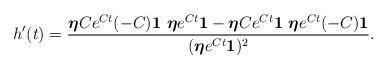
LaTeX: \begin{align*}h^{\prime}(t)= \frac{\boldsymbol{\eta} C e^{Ct} (-C) \mathbf{1} \,\,\boldsymbol{\eta}e^{Ct} \mathbf{1} - \boldsymbol{\eta} C e^{Ct} \mathbf{1}\,\, \boldsymbol{\eta}e^{Ct} (-C) \mathbf{1}}{(\boldsymbol{\eta}e^{Ct} \mathbf{1})^2}.\end{align*}